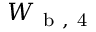
W _ { \mathrm { ~ b ~ , ~ 4 ~ } }